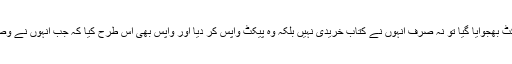
بہرحال حافظ حامد علی صاحب کہتے ہیں کہ جب ان کو پیکٹ بھجوایا گیا تو نہ صرف انہوں نے کتاب خریدی نہیں بلکہ وہ پیکٹ واپس کر دیا اور واپس بھی اس طرح کیا کہ جب انہوں نے وصول کیا تو اس کتاب کو پھاڑا اور وہی پیکٹ واپس کروا دیا۔